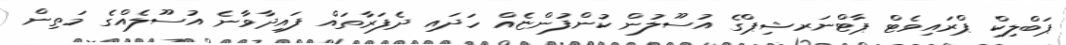
ޕަބްލިކް ޕްރައިވެޓް ޕާޓްނަރޝިޕްގެ އުސޫލުން ކުންފުންޏެއް ހަދައި ދެފަރާތައް ފައިދާވާނެ އުސޫލެއްގެ މަތިން